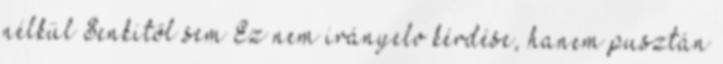
nélkül Senkitől sem Ez nem irányelv kérdése, hanem pusztán